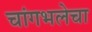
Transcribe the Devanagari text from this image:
चांगभलेचा